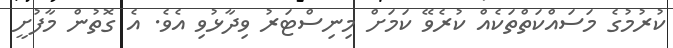
ކުރުމުގެ މަސައްކަތްތަކެއް ކުރެވޭ ކަމަށް މިނިސްޓަރު ވިދާޅުވި އެވެ. އެ ގޮތުން މާފުށީ